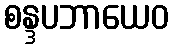
စန္ဒပဘာယေဝ